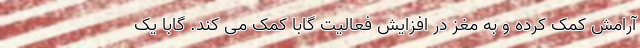
آرامش کمک کرده و به مغز در افزایش فعالیت گابا کمک می کند. گابا یک